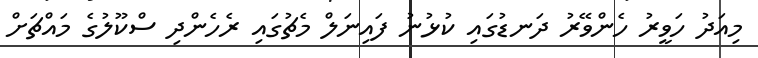
މިއަދު ހަވީރު ހެންވޭރު ދަނޑުގައި ކުޅުނު ފައިނަލް މެޗުގައި ރެހެންދި ސްކޫލުގެ މައްޗަށް